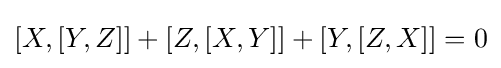
[X,[Y,Z]]+[Z,[X,Y]]+[Y,[Z,X]]=0